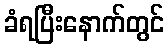
ခံရပြီးနောက်တွင်